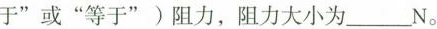
于”或”等于”)阻力，阻力大小为___N。